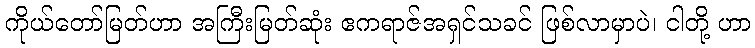
ကိုယ်တော်မြတ်ဟာ အကြီးမြတ်ဆုံး ဧကရာဇ်အရှင်သခင် ဖြစ်လာမှာပဲ၊ ငါတို့ ဟာ